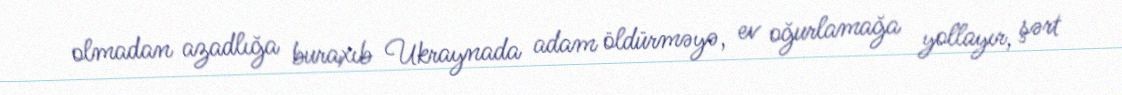
olmadan azadlığa buraxıb Ukraynada adam öldürməyə, ev oğurlamağa yollayır, şərt